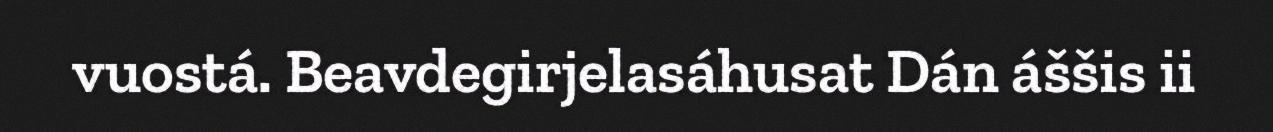
vuostá. Beavdegirjelasáhusat Dán áššis ii